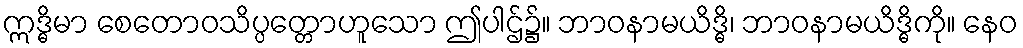
ဣဒ္ဓိမာ စေတောဝသိပ္ပတ္တောဟူသော ဤပါဌ်၌။ ဘာဝနာမယိဒ္ဓိ၊ ဘာဝနာမယိဒ္ဓိကို။ နေဝ